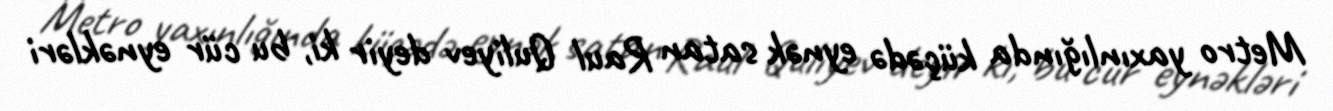
Metro yaxınlığında küçədə eynək satan Raul Quliyev deyir ki, bu cür eynəkləri